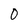
Character: 0